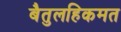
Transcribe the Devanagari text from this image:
बैतुलहिकमत